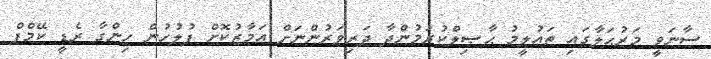
ސާނަވީ މަރުޙަލާގައި ތަޢުލީމު ޙާޞިލްކުރަމުންދާ ދަރިވަރުންނަށް އަމާޒުކޮށް ފުލުހުން ހިންގާ ރެޑީ ކޭމްޕް